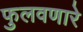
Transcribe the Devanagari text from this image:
फुलवणारे